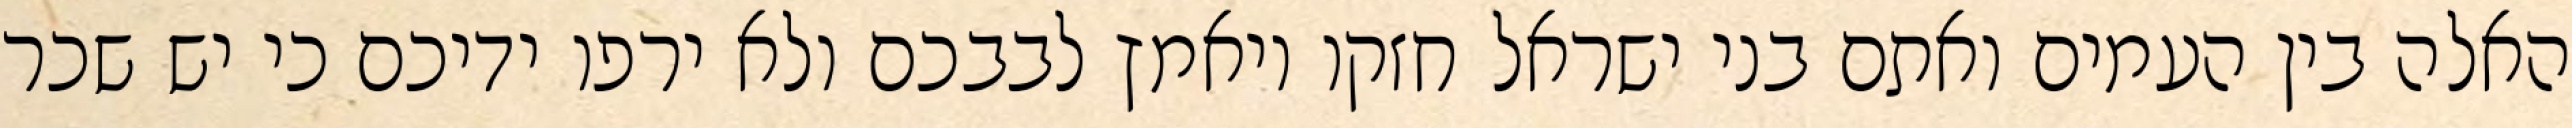
האלה בין העמים ואתם בני ישראל חזקו ויאמץ לבבכם ולא ירפו ידיכם כי יש שכר